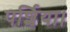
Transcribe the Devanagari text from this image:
पर्शिया।